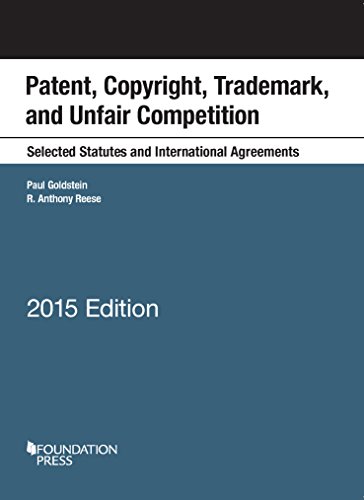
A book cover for Patent, Copyright, Trademark, Unfair Competition, Selected Statutes International Agreements; Paul Goldstein; Law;